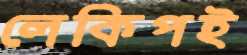
লেকিপই